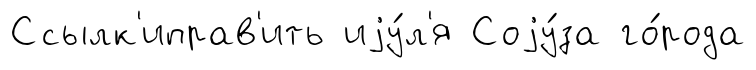
Ссылк'иправ'ить иjу́л'я Соjу́за го́рода